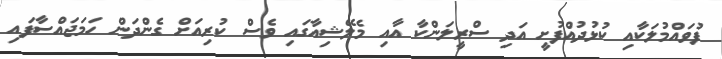
ފުވައްމުލަކާއި ކުޅުދުއްފުށީ އަދި ސްރީލަންކާ އާއި މެލޭޝިއާގައި ވެސް ކުރިއަށް ގެންދަން ހަމަޖައްސާފައި